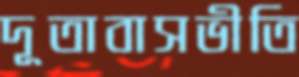
দূতাবাসভীতি